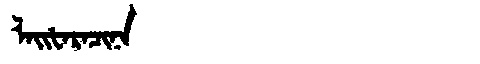
Manchu: ᠯᠠᡳᡶᠠᡵᠠᠴᡳᠨᠠ
Romanization: LAIFARACINA